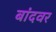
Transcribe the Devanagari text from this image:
बांदवर